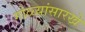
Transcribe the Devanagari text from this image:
गोळ्यांसारखे